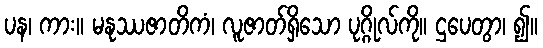
ပန၊ ကား။ မနုဿဇာတိကံ၊ လူဇာတ်ရှိသော ပုဂ္ဂိုလ်ကို။ ဌပေတွာ၊ ၍။